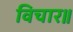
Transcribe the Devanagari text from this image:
विचार॥